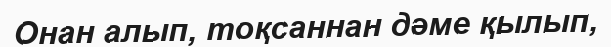
Онан алып, тоқсаннан дәме қылып,